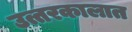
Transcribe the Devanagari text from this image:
उत्तरकालात